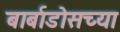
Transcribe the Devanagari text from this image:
बार्बाडोसच्या